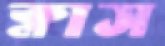
ক্লাস